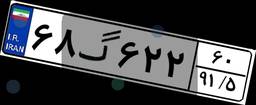
۶۸گ۶۲۲۶۰